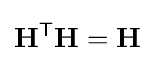
\mathbf {H} ^{\mathsf {T}}\mathbf {H} =\mathbf {H}